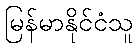
မြန်မာနိုင်ငံသူ